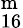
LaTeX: ^{\mathrm{m}}_{16}